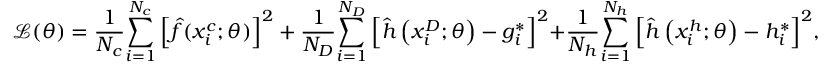
\mathcal { L } ( \theta ) = \frac { 1 } { { { N _ { c } } } } { \sum _ { i = 1 } ^ { { N _ { c } } } { \left[ { \hat { f } ( x _ { i } ^ { c } ; \theta ) } \right] } ^ { 2 } } + \frac { 1 } { { { N _ { D } } } } { \sum _ { i = 1 } ^ { { N _ { D } } } { \left[ { \hat { h } \left( { x _ { i } ^ { D } ; \theta } \right) - g _ { i } ^ { * } } \right] } ^ { 2 } } \mathrm { { + } } \frac { 1 } { { { N _ { h } } } } { \sum _ { i = 1 } ^ { { N _ { h } } } { \left[ { \hat { h } \left( { x _ { i } ^ { h } ; \theta } \right) - h _ { i } ^ { * } } \right] } ^ { 2 } } ,